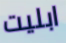
ابليت